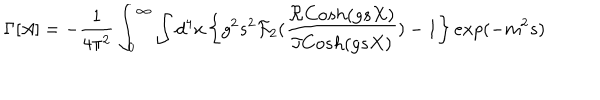
LaTeX: \Gamma [ A ] = - \frac { 1 } { 4 \pi ^ { 2 } } \int _ { 0 } ^ { \infty } \int d ^ { 4 } x \left\{ g ^ { 2 } s ^ { 2 } { \cal F } _ { 2 } ( \frac { \Re C o s h ( g s X ) } { \Im C o s h ( g s X ) } ) - 1 \right\} e x p ( - m ^ { 2 } s )